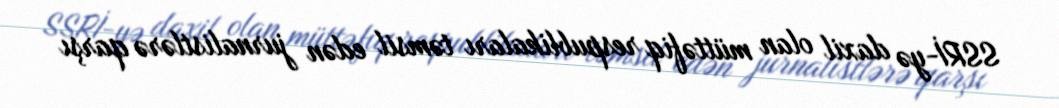
SSRİ-yə daxil olan müttəfiq respublikaları təmsil edən jurnalistlərə qarşı